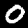
Label: 0